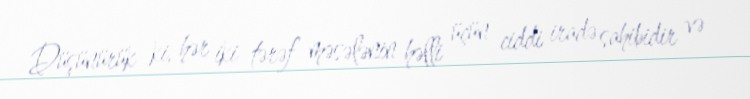
Düşünürük ki, hər iki tərəf məsələnin həlli üçün ciddi iradə sahibidir və